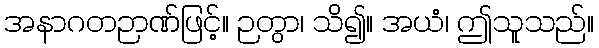
အနာဂတဉာဏ်ဖြင့်။ ဉတွာ၊ သိ၍။ အယံ၊ ဤသူသည်။